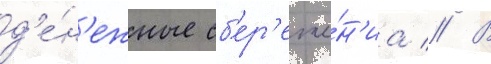
д'е́н'ежные сб'ер'еже́н'иа // В